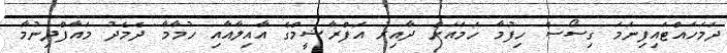
ދަމަހައްޓައިފިނަމަ ގިސޯސް ހިފުމާ ހަމައަށް ދާއިރު އަފްރާޝީމްގެ އާއިލާއާއި ހުމާމާ ދެމެދު މައާފްދިނުމާ